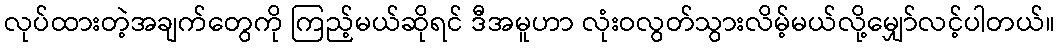
လုပ်ထားတဲ့အချက်တွေကို ကြည့်မယ်ဆိုရင် ဒီအမူဟာ လုံးဝလွတ်သွားလိမ့်မယ်လို့မျှော်လင့်ပါတယ်။